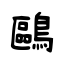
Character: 鷗